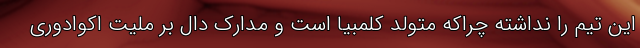
این تیم را نداشته چراکه متولد کلمبیا است و مدارک دال بر ملیت اکوادوری